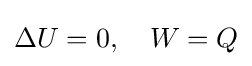
\Delta U=0,\quad W=Q